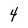
Character: 4